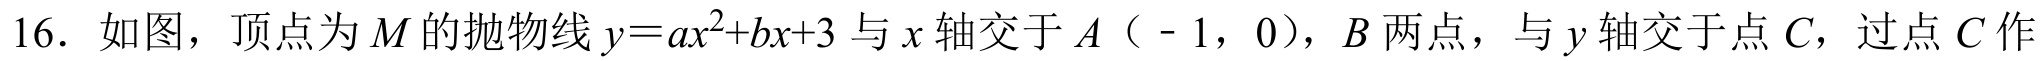
16. 如图，顶点为\(M\)的抛物线\(y = ax^{2}+bx + 3\)与\(x\)轴交于\(A\)（\(-1\)，\(0\)），\(B\)两点，与\(y\)轴交于点\(C\)，过点\(C\)作